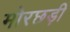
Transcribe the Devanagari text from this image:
मोरछड़ी